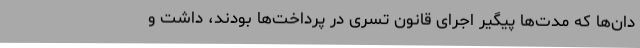
دان‌ها که مدت‌ها پیگیر اجرای قانون تسری در پرداخت‌ها بودند، داشت و